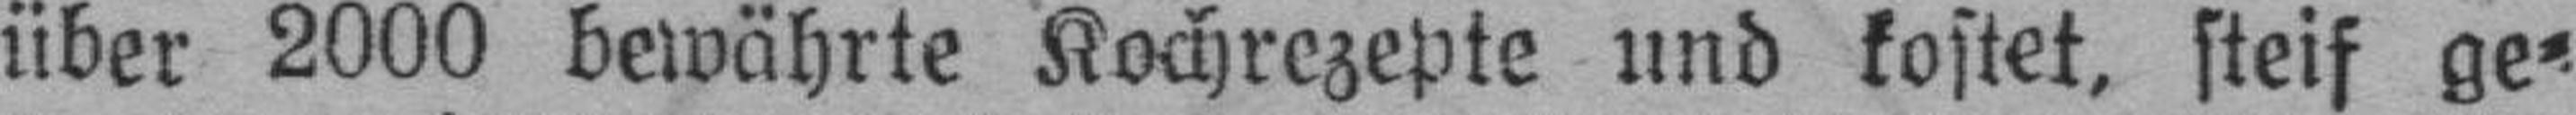
über 2000 bewährte Kochrezepts und kostet, steif ge¬